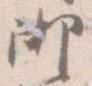
御